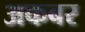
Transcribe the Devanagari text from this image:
अकबर